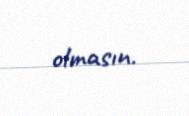
olmasın.